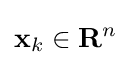
\mathbf {x} _{k}\in \mathbf {R} ^{n}